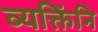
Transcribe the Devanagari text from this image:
व्यक्तिंनि